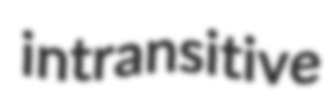
intransitive